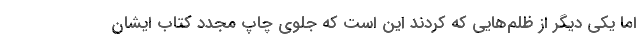
اما یکی دیگر از ظلم‌هایی که کردند این است که جلوی چاپ مجدد کتاب ایشان